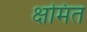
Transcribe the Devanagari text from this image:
क्षमित